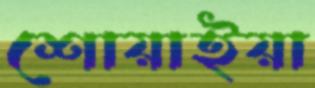
শোয়াইয়া